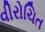
વીરોચિત